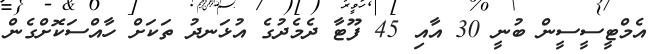
އެމްޓީސީސީން ބުނީ 30 އާއި 45 ފޫޓާ ދެމެދުގެ އުޅަނދު ތަކަށް ހާއްސަކޮށްގެން